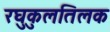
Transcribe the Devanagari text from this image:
रघुकुलतिलक